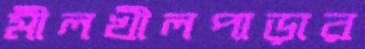
মীলখীলপাড়ার